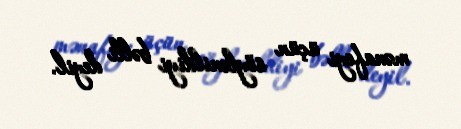
mənafeyi üçün söylənildiyi bəlli deyil.